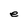
Character: e